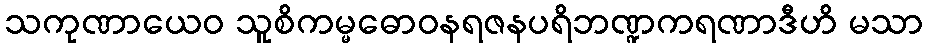
သကုဏာယေဝ သူစိကမ္မဓောဝနရဇနပရိဘဏ္ဍကရဏာဒီဟိ မသာ